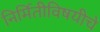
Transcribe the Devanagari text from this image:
निर्मितीविषयीचे